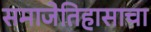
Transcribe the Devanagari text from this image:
समाजेतिहासाचा